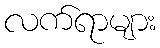
လက်ရာများ